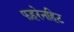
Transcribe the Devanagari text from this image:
फहरेनहिट